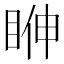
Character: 𥆓